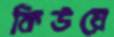
কিউয়ে